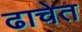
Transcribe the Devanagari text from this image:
ढाचेत